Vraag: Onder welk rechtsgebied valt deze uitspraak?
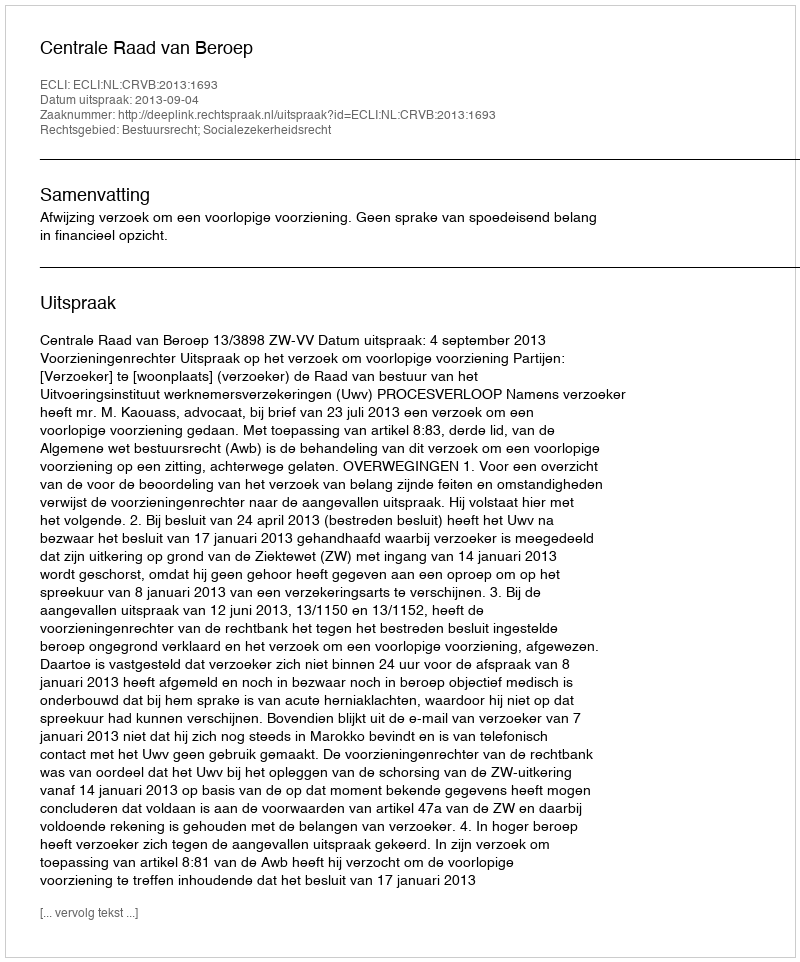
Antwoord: Bestuursrecht; Socialezekerheidsrecht